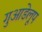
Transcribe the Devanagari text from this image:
गुआडेलूप